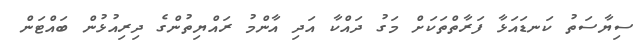
ސިޔާސަތު ކަނޑައަޅާ ފަރާތްތަކަށް މަގު ދައްކާ އަދި އާންމު ރައްޔިތުންގެ ދިރިއުޅުން ބައްޓަން